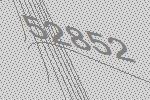
52852